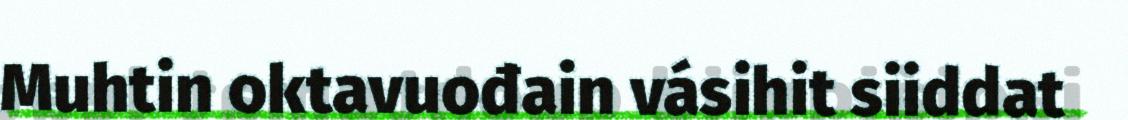
Muhtin oktavuođain vásihit siiddat